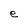
Character: e